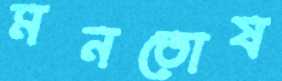
মনতোষ